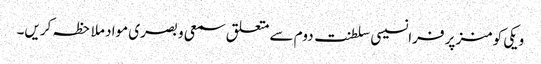
ویکی کومنز پر فرانسیسی سلطنت دوم سے متعلق سمعی و بصری مواد ملاحظہ کریں۔